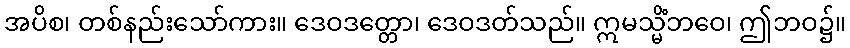
အပိစ၊ တစ်နည်းသော်ကား။ ဒေဝဒတ္တော၊ ဒေဝဒတ်သည်။ ဣမသ္မိံဘဝေ၊ ဤဘဝ၌။